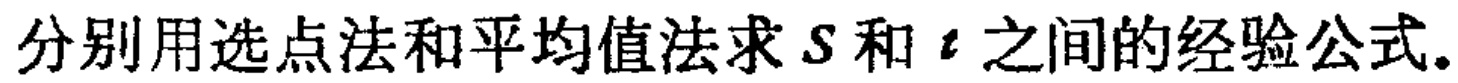
分别用选点法和平均值法求\(s\)和\(t\)之间的经验公式。